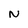
Character: N